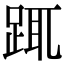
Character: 踂